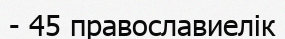
- 45 православиелік